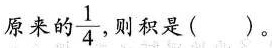
原来的 \frac{1}{4}，则积是()。